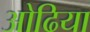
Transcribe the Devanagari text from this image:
ओढिया